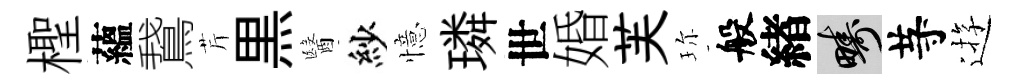
檉蘊鵞芹黒醫紗憶璘世婚芙珎般緖疇䒭逰